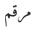
مرقم